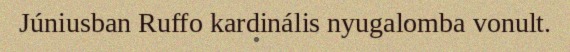
Júniusban Ruffo kardinális nyugalomba vonult.